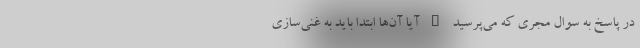
در پاسخ به سوال مجری که می‌پرسید " آیا آن‌ها ابتدا باید به غنی‌سازی